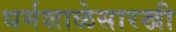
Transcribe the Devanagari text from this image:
धर्मशाळेसारखी